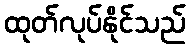
ထုတ်လုပ်နိုင်သည်